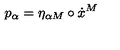
p _ { \alpha } = \eta _ { \alpha M } \circ \dot { x } ^ { M }